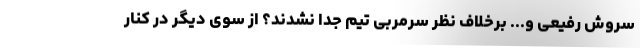
سروش رفیعی و... برخلاف نظر سرمربی تیم جدا نشدند؟ از سوی دیگر در کنار